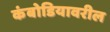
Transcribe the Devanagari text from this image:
कंबोडियावरील